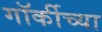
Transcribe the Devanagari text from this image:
गॉर्कीच्या